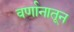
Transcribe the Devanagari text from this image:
वर्णानातून